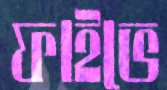
ফাইভে